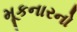
મૂકનારનો